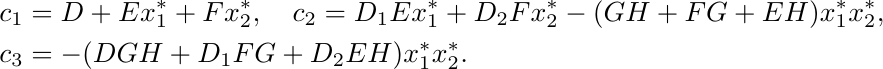
\begin{align*}
\begin{split}
& c_1 = D+Ex_1^*+Fx_2^*,\quad c_2=D_1Ex_1^*+D_2Fx_2^*-(GH+FG+EH)x_1^*x_2^*,\\
& c_3 = -(DGH+D_1FG+D_2EH)x_1^*x_2^*.
\end{split}
\end{align*}